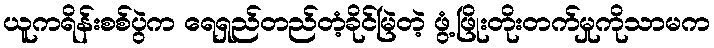
ယူကရိန်းစစ်ပွဲက ရေရှည်တည်တံ့ခိုင်မြဲတဲ့ ဖွံ့ဖြိုးတိုးတက်မှုကိုသာမက